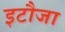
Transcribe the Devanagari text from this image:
इटौजा